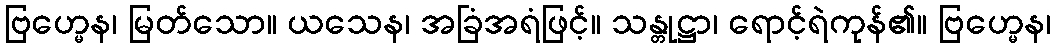
ဗြဟ္မေန၊ မြတ်သော။ ယသေန၊ အခြံအရံဖြင့်။ သန္တုဋ္ဌာ၊ ရောင့်ရဲကုန်၏။ ဗြဟ္မေန၊